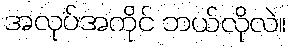
အလုပ်အကိုင် ဘယ်လိုလဲ။